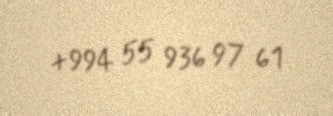
+994 55 936 97 61